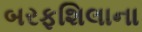
બરફશિલાના